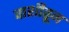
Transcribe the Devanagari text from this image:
वाशीतून